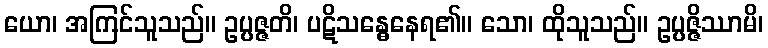
ယော၊ အကြင်သူသည်။ ဥပ္ပဇ္ဇတိ၊ ပဋိသန္ဓေနေရ၏။ သော၊ ထိုသူသည်။ ဥပ္ပဇ္ဇိဿာမိ၊